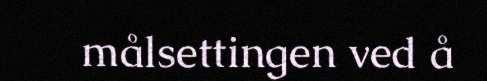
målsettingen ved å